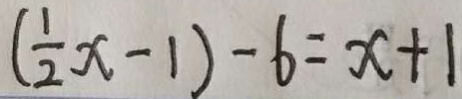
( \frac { 1 } { 2 } x - 1 ) - 6 = x + 1